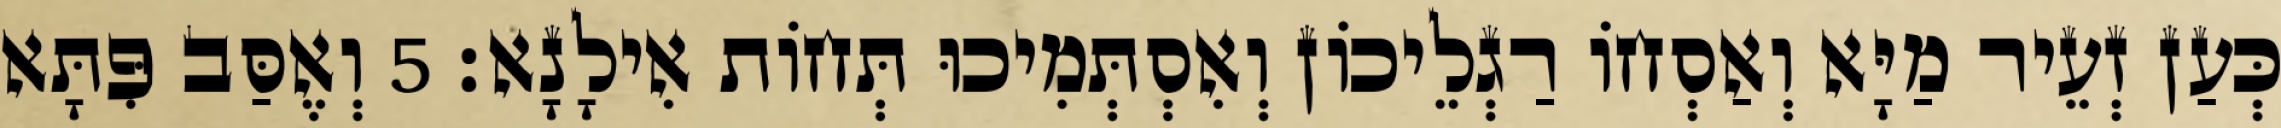
כְּעַן זְעֵיר מַיָּא וְאַסְחוֹ רַגְלֵיכוֹן וְאִסְתְּמִיכוּ תְּחוֹת אִילָנָא׃ 5 וְאֶסַּב פִּתָּא